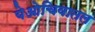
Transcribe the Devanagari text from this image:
येओचिवातल